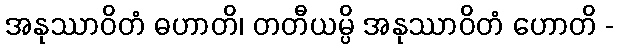
အနုဿာဝိတံ ဓဟာတိ၊ တတီယမ္ပိ အနုဿာဝိတံ ဟောတိ -